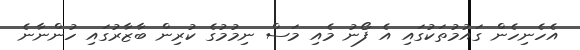
އެހެނިހެން ގައުމުތަކުގައި އެ ފޯނު މެއި މަސް ނިމުމުގެ ކުރިން ބާޒާރުގައި ހުންނާނެ